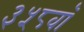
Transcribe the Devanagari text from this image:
३५८वॉ